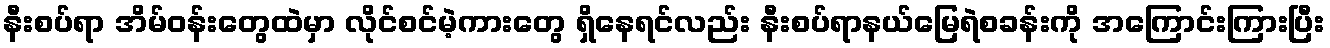
နီးစပ်ရာ အိမ်ဝန်းတွေထဲမှာ လိုင်စင်မဲ့ကားတွေ ရှိနေရင်လည်း နီးစပ်ရာနယ်မြေရဲစခန်းကို အကြောင်းကြားပြီး